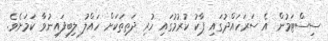
ސިސްޓަމުން އެ ސަރަހައްދުގައި ޕާކު ކުރުމުގައި ހުރި ދަތިތަކަށް ހައްލު ލިބިފައިނުވާ ކަމަށެވެ.